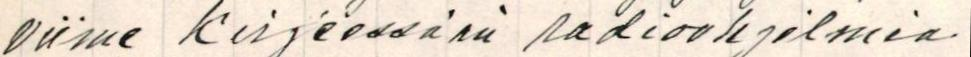
viime kirjeessään radioohjelmia